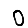
Digit: 0